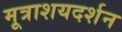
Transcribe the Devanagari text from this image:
मूत्राशयदर्शन